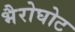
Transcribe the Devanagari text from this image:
भैरोघोट